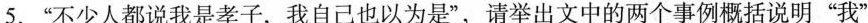
5.“不少人都说我是孝子,我自己也以为是”,请举出文中的两个事例概括说明“我”